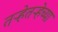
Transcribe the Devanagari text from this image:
तऱ्हेतऱ्हेच्या